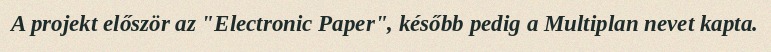
A projekt először az "Electronic Paper", később pedig a Multiplan nevet kapta.